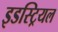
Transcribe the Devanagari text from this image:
इडस्ट्रियल